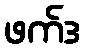
ဖက်ဒ